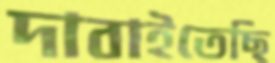
দাবাইতেছি